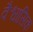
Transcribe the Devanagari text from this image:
वैश्वासिक